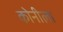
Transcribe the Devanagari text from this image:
कोनीला